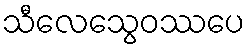
သီလေသွေဝဿပေ